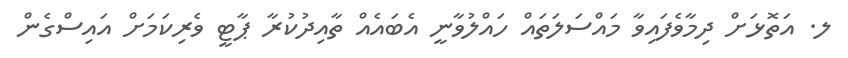
ލ. އަތޮޅަށް ދިމާވެފައިވާ މައްސަލަތައް ހައްލުވާނީ އެބައެއް ތާއިދުކުރާ ޕާޓީ ވެރިކަމަށް އައިސްގެން